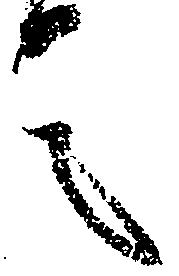
言